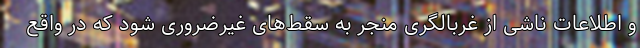
و اطلاعات ناشی از غربالگری منجر به سقط‌های غیرضروری شود که در واقع